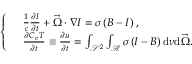
\left\{ \begin{array} { r l } & { \frac { 1 } { c } \frac { \partial I } { \partial t } + \vec { \Omega } \cdot \nabla I = \sigma \left( B - I \right) , } \\ & { \frac { \partial C _ { v } T } { \partial t } \equiv \frac { \partial u } { \partial t } = \int _ { \mathcal { S } ^ { 2 } } \int _ { \mathcal { R } } \sigma \left( I - B \right) \mathrm { d } \nu \mathrm { d } \vec { \Omega } . } \end{array} \right.